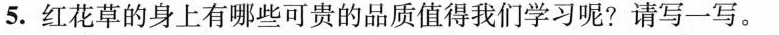
5.红花草的身上有哪些可贵的品质值得我们学习呢?请写一写。